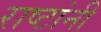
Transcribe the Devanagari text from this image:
राष्टांनी